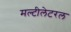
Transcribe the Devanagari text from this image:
मल्टीलेटरल